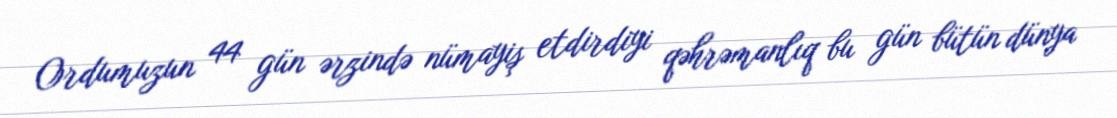
Ordumuzun 44 gün ərzində nümayiş etdirdiyi qəhrəmanlıq bu gün bütün dünya